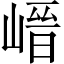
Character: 𡺽